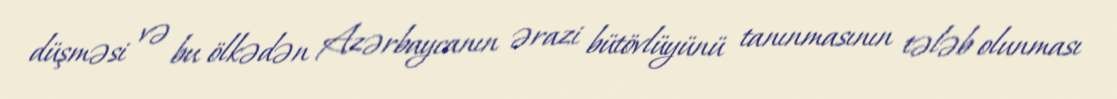
düşməsi və bu ölkədən Azərbaycanın ərazi bütövlüyünü tanınmasının tələb olunması